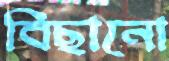
বিছানো